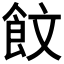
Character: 𮸾